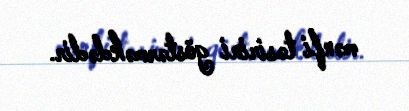
mənfi təsirini göstərməkdədir.